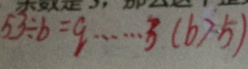
5 3 \div b = q \cdots 3 ( b > 5 )